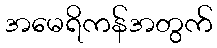
အမေရိကန်အတွက်